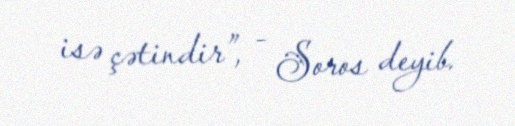
isə çətindir”, - Soros deyib.